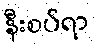
နီးစပ်ရာ